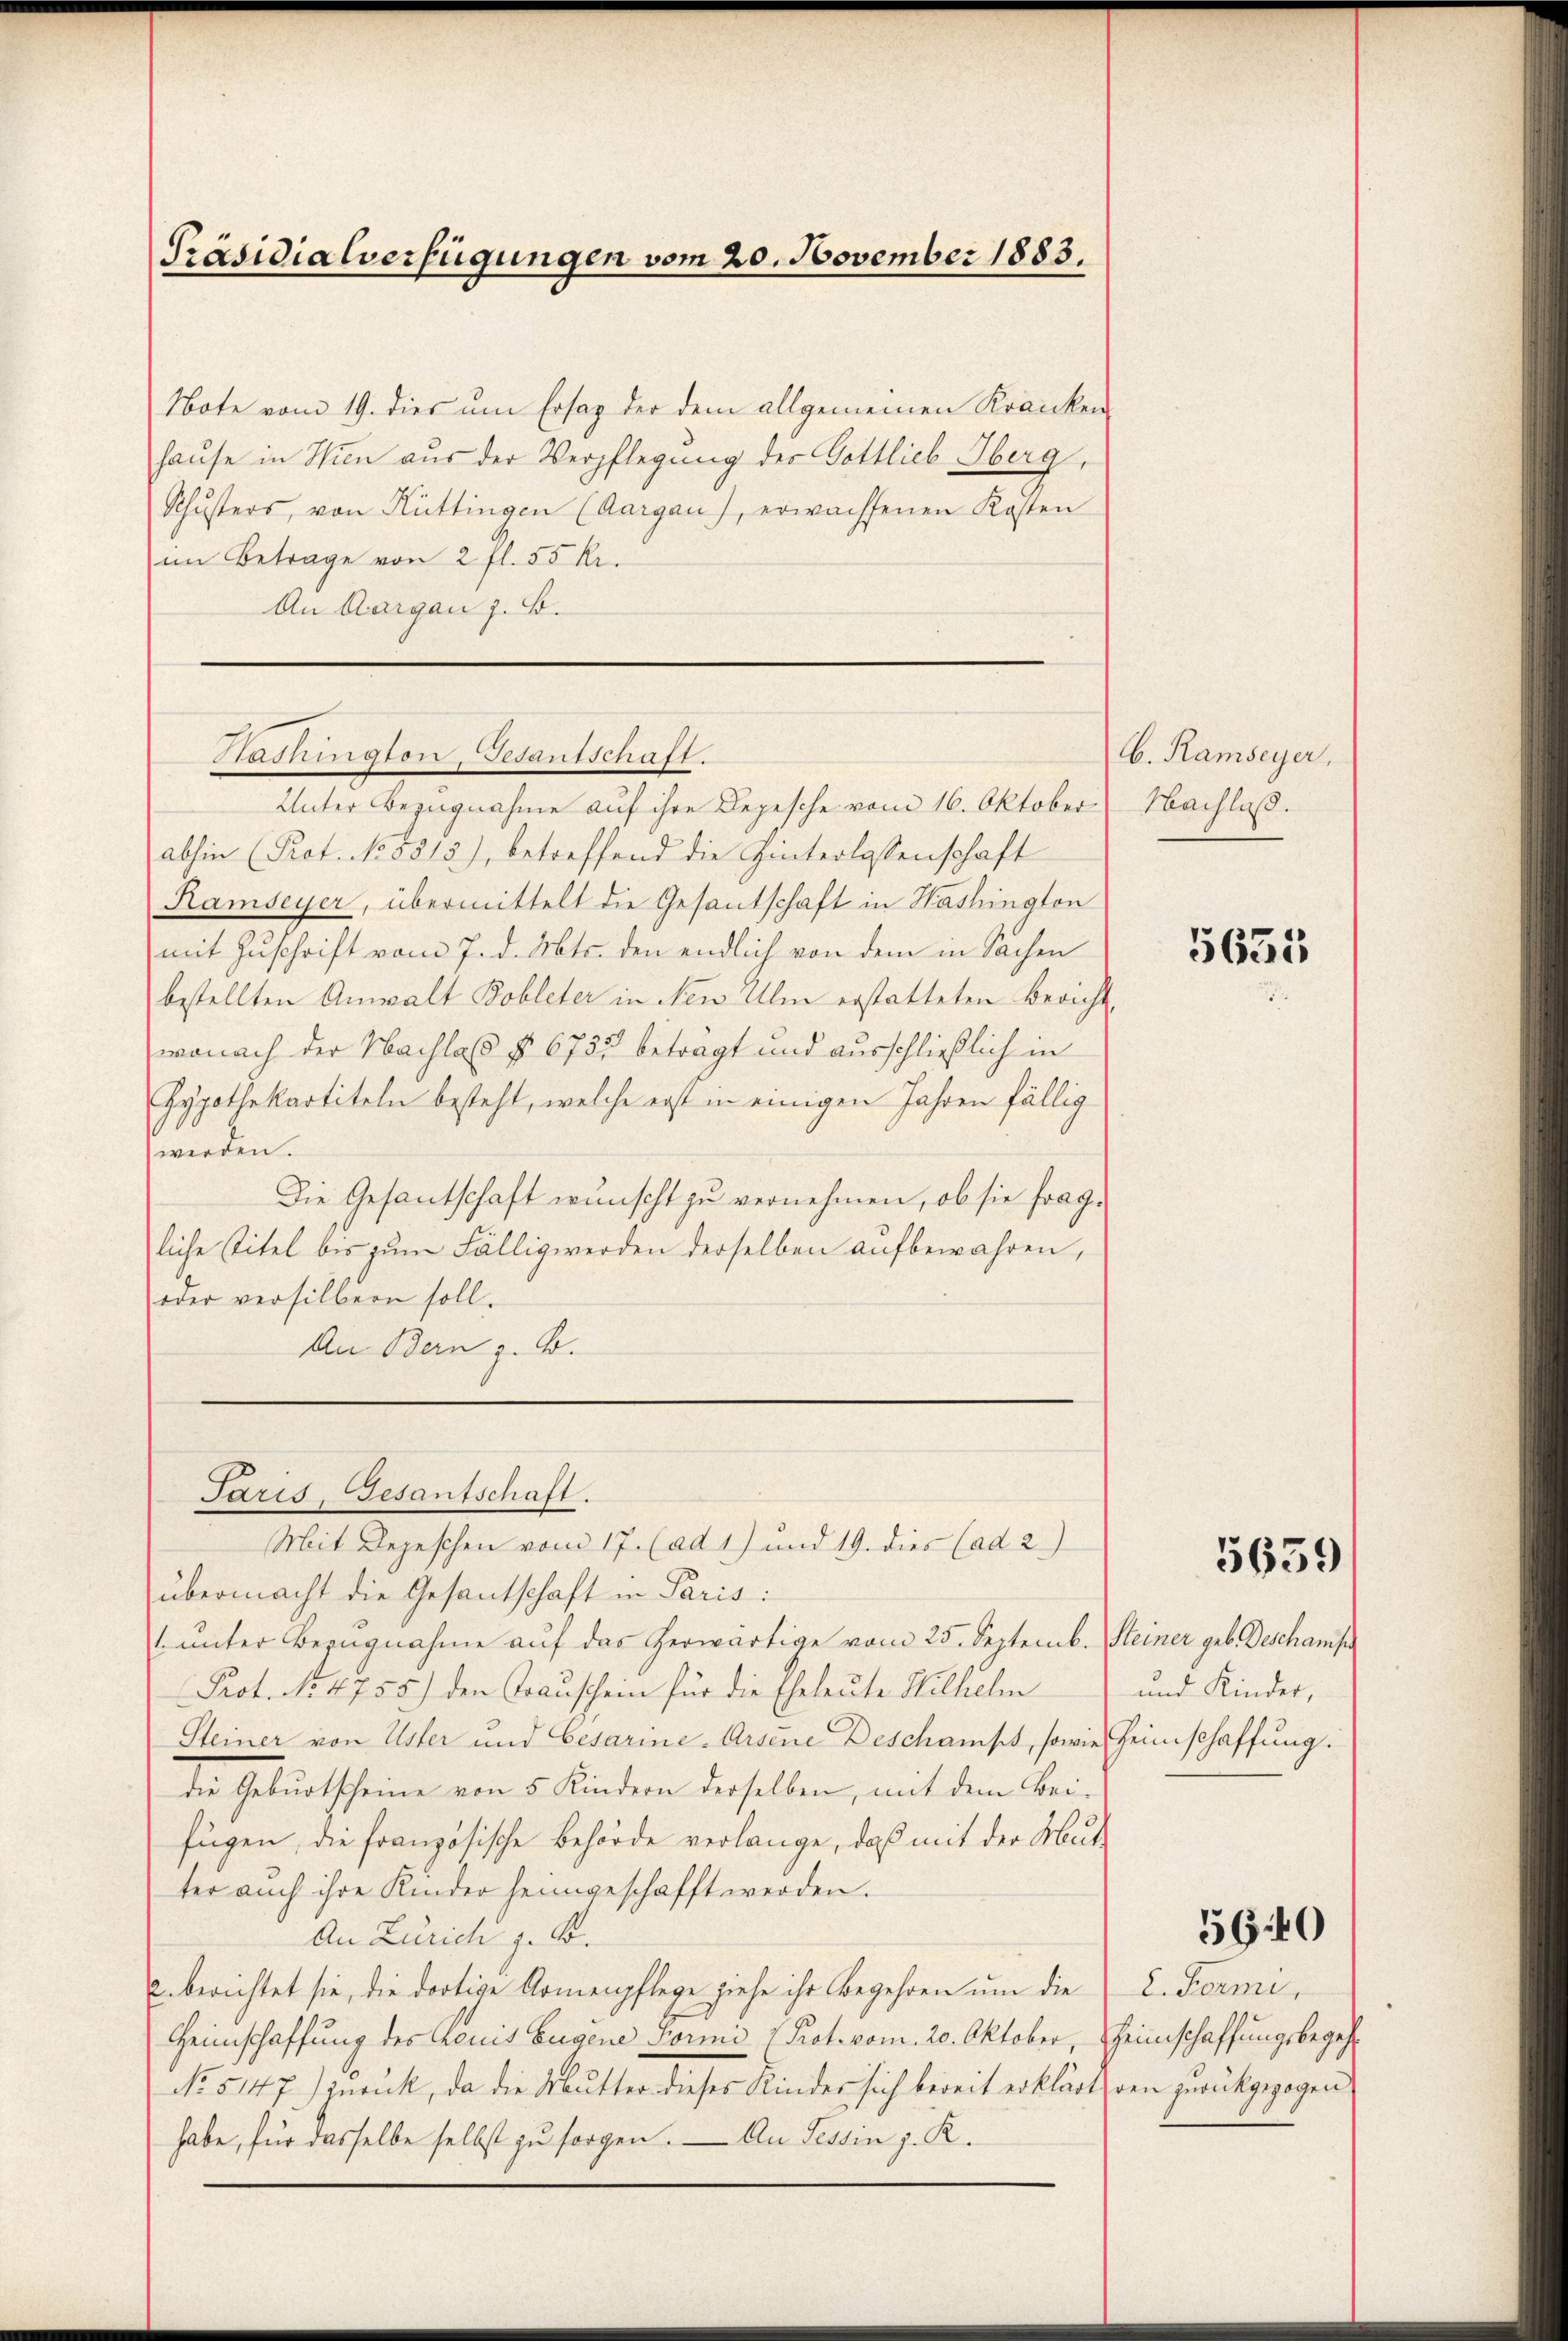
Präsidialverfügungen vom 20. November 1883.

Note vom 19. dies um Ersaz der dem allgemeinen Kranken-
hause in Wien aus der Verpflegung der Gottlieb Oberg,
Schŭsters, von Hüttingen (Aargau), erwachsenen Kosten
im Betrage von 2 fl. 55 R.
An Aargau z. B.

Hadlington, Gesantschaft.

Unter Bezugnahme auf ihre Depesche vom 16. Oktober
abhin (Prot. No. 5815), betreffend die Hinterlassenschaft
Ramseyer, übermittelt die Gesantschaft in Washington
mit Zuschrift vom 7. d. Mts. den endlich von dem in Sachen
bestellten Anwalt Bobleter in New Ulm erstatteten Bericht,
wonach der Nachlas § 6737 beträgt und ausschließlich in
Hypothekartiteln besteht, welche erst in einigen Jahren fällig
werden.
Die Gesantschaft wünscht zu vernehmen, ob sie fragliche Titel bis zum Fälligwerden derselben aufbewahren,
oder versilbern soll.
An Bern z. B.

Paris, Gesantschaft.
Mit Depeschen vom 17. (ad 1) und 19. dies (ad 2)

übermacht die Gesantschaft in Paris:
 ŭnter Bezŭgnahme aŭf das herwärtige vom 25. Septemb. Steiner geb. Deschamp
Prot. No 4755) den Trauschein für die Eheleute Hilhelm
Steiner von Uster und Cesarine-Arsene Deschaust, sowie Heimschaffung.
die Geburtscheine von 5 Kindern derselben, mit dem Beifügen, die französische Behörde verlange, daß mit der Mut
ter auch ihre Kinder heimgeschafft werden.
An Zürich z. B.
u. berichtet sie, die dortige Armenpflege ziehe ihr Begehren um die L. Forme,
Heimschaffung des Komit Eugene Formi (Prot. vom 20. Oktober, Heimschaffungsbegeh¬
No 5147) zurück, da die Mutter dieses Kindes sich bereit erklärt, den zurückgezogen
habe, für dasselbe selbst zu sorgen. — An Tessin z. R.

C. Ramseyer,
Nachlaß.

5655

5659

und Kinder,

5640